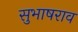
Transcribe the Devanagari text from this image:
सुभाषराव